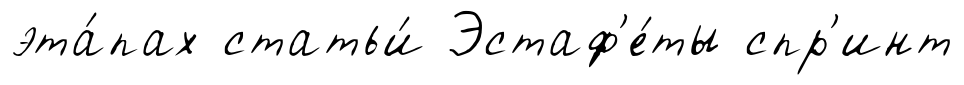
эта́пах статьи́ Эстаф'е́ты спр'инт